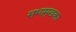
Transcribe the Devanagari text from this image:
सभामुखका